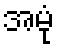
အမုံ